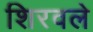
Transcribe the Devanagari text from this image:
शिरवले